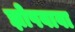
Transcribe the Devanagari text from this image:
झोपवावा